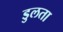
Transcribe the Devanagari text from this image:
डुलता